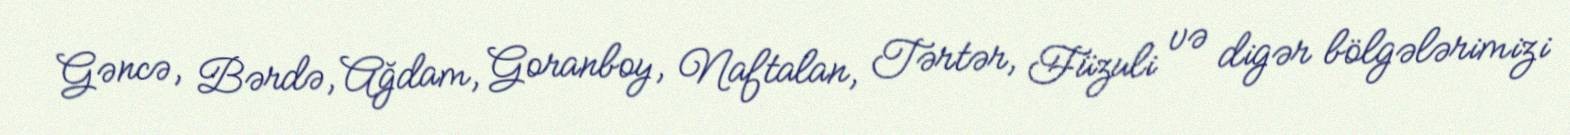
Gəncə, Bərdə, Ağdam, Goranboy, Naftalan, Tərtər, Füzuli və digər bölgələrimizi